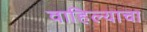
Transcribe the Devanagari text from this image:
वाहिल्याचा